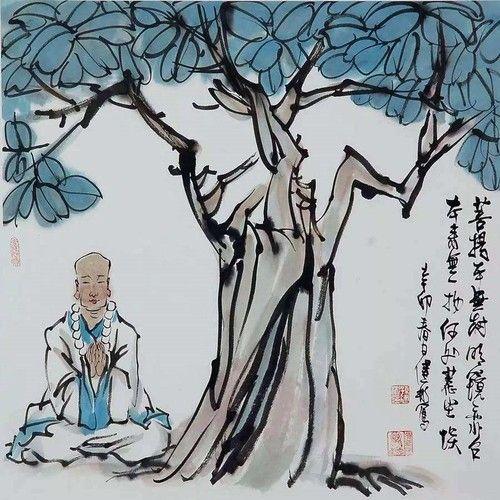
菩提本无树，明镜亦非台。